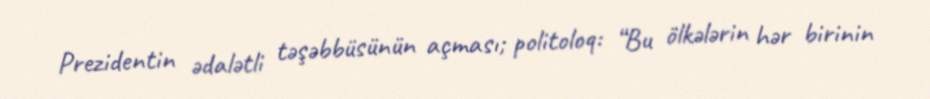
Prezidentin ədalətli təşəbbüsünün açması; politoloq: “Bu ölkələrin hər birinin